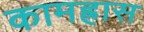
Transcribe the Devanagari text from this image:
कामह्रास